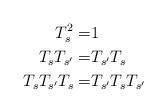
LaTeX: \begin{align*} T_s^2=&1&&\\ T_sT_{s'}=&T_{s'}T_s&&\\ T_sT_{s'}T_s=&T_{s'}T_sT_{s'}&& \end{align*}